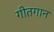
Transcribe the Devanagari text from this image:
गीतगान